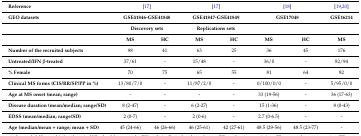
<table><thead><tr><td><b>Reference</b></td><td colspan="2"><b>[17]</b></td><td colspan="2"><b>[17]</b></td><td colspan="2"><b>[18]</b></td><td><b>[19,20]</b></td></tr><tr><td><b>GEO datasets</b></td><td colspan="2"><b>GSE41846-GSE41848</b></td><td colspan="2"><b>GSE41847-GSE41849</b></td><td colspan="2"><b>GSE17048</b></td><td><b>GSE16214</b></td></tr><tr><td></td><td colspan="2"><b>Discovery sets</b></td><td colspan="2"><b>Replications sets</b></td><td colspan="2"></td><td></td></tr><tr><td></td><td><b>MS</b></td><td><b>HC</b></td><td><b>MS</b></td><td><b>HC</b></td><td><b>MS</b></td><td><b>HC</b></td><td><b>MS</b></td></tr></thead><tbody><tr><td><b>Number of the recruited subjects</b></td><td>98</td><td>41</td><td>63</td><td>25</td><td>36</td><td>45</td><td>176</td></tr><tr><td><b>Untreated/IFN β-treated</b></td><td>37/61</td><td>-</td><td>15/48</td><td>-</td><td>36/0</td><td>-</td><td>82/94</td></tr><tr><td><b>% Female</b></td><td>70</td><td>75</td><td>65</td><td>55</td><td>81</td><td>64</td><td>82</td></tr><tr><td><b>Clinical MS forms (CIS/RR/SP/PP in %)</b></td><td>13/80/7/0</td><td>-</td><td>11/87/2/0</td><td>-</td><td>0/100/0/0</td><td>-</td><td>5/95/0/0</td></tr><tr><td><b>Age at MS onset (mean; range)</b></td><td>-</td><td>-</td><td>-</td><td>-</td><td>33 (19-56)</td><td>-</td><td>36 (17-63)</td></tr><tr><td><b>Disease duration (mean/median; range/SD)</b></td><td>8 (2-47)</td><td>-</td><td>6 (2-27)</td><td>-</td><td>15 (1-36)</td><td>-</td><td>8 (0-43)</td></tr><tr><td><b>EDSS (mean/median; range/SD)</b></td><td>2 (0-7)</td><td>-</td><td>2 (0-6)</td><td>-</td><td>2.7 (0-6.5)</td><td>-</td><td>-</td></tr><tr><td><b>Age (median/mean + range; mean + SD)</b></td><td>45 (24-66)</td><td>46 (26-66)</td><td>46 (25-61)</td><td>42 (27-61)</td><td>48.5 (29-56)</td><td>48.5 (23-77)</td><td>-</td></tr></tbody></table>